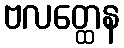
ဗလတ္ထေန